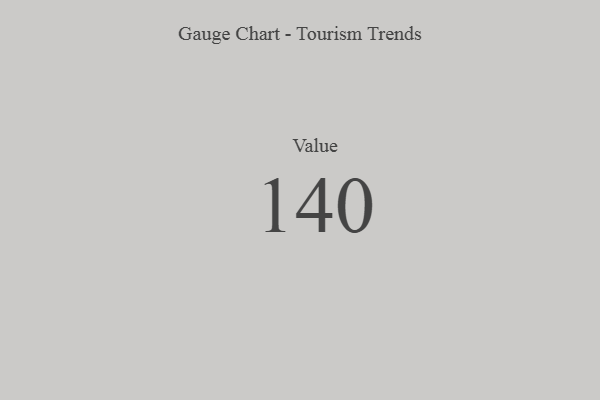
{"axis": {"x": "Metric", "y": "Value"}, "legend": [""], "data": [{"x": "Value", "y": 140, "type": ""}]}